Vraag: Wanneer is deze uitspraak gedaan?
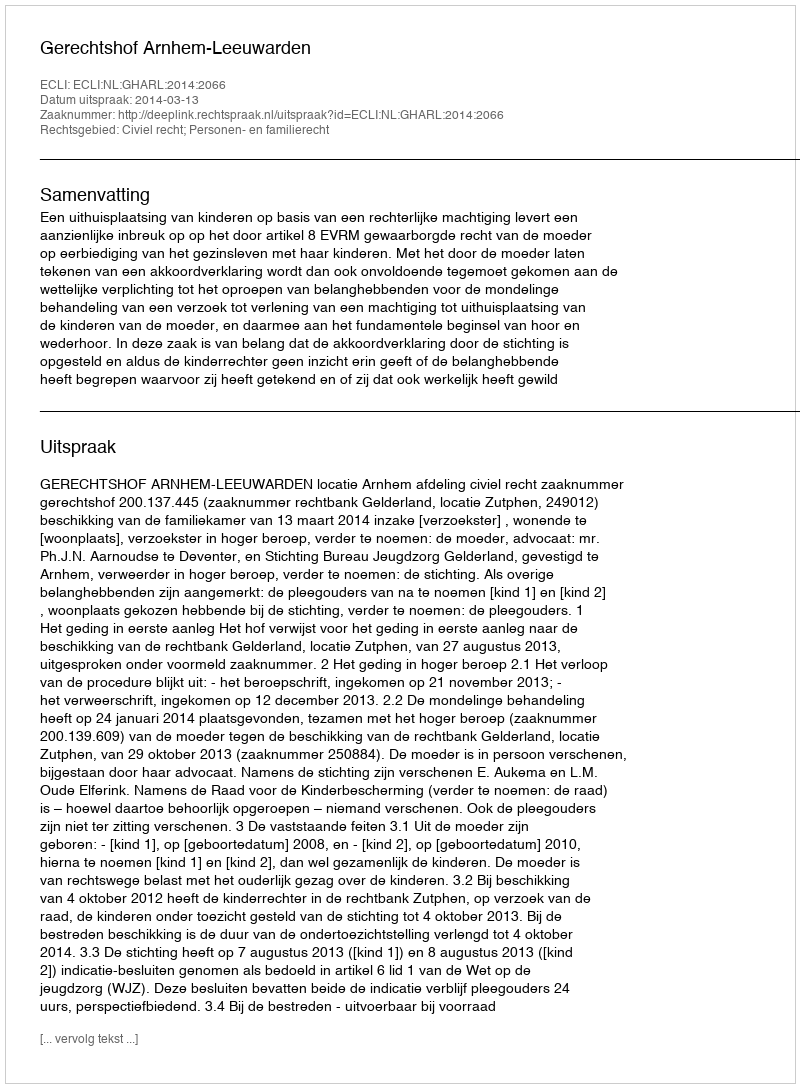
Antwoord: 2014-03-13